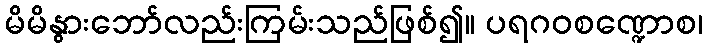
မိမိနွားဘော်လည်းကြမ်းသည်ဖြစ်၍။ ပရဂဝစဏ္ဍောစ၊